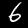
Label: 6